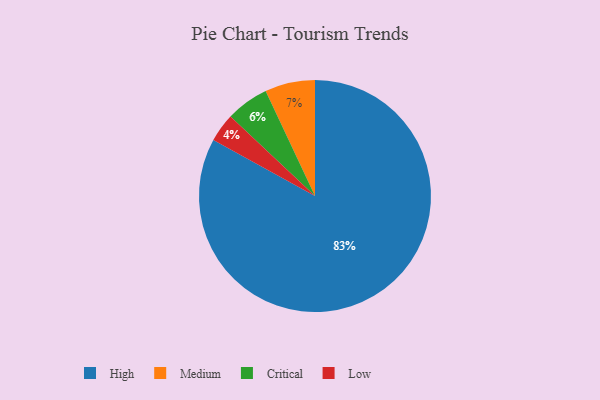
{"axis": {"x": "Category", "y": "Percentage"}, "legend": ["Critical", "High", "Low", "Medium"], "data": [{"x": "Medium", "y": 7, "type": "Medium"}, {"x": "Critical", "y": 6, "type": "Critical"}, {"x": "High", "y": 83, "type": "High"}, {"x": "Low", "y": 4, "type": "Low"}]}